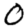
Digit: 0